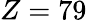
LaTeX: Z=79